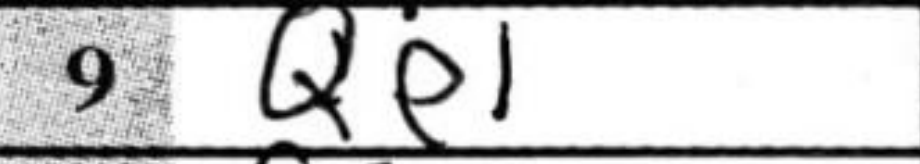
Transcription: Qe1